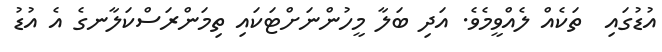
އުޑުގައި  ތަކެއް ލެއްވީމެވެ. އަދި ބަލާ މީހުންނަށްޓަކައި ތިމަންރަސްކަލާނގެ އެ އުޑު